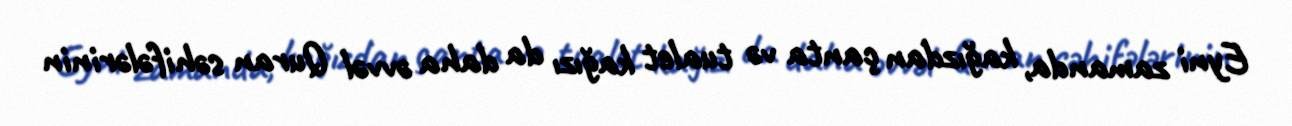
Eyni zamanda, kağızdan çanta və tualet kağızı da daha əvvəl Quran səhifələrinin